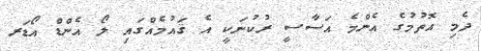
ދެމި އޮތުމުގެ އެންމެ އަސާސީ ރުކުނަކީ އެ ޤައުމެއްގައި ލޯ އެންޑް އޯޑަރ